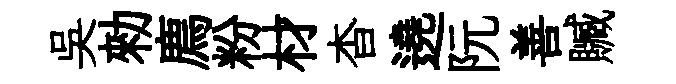
吴勑廌粉材杳遶阮善贓